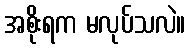
အစိုးရက မလုပ်သလဲ။